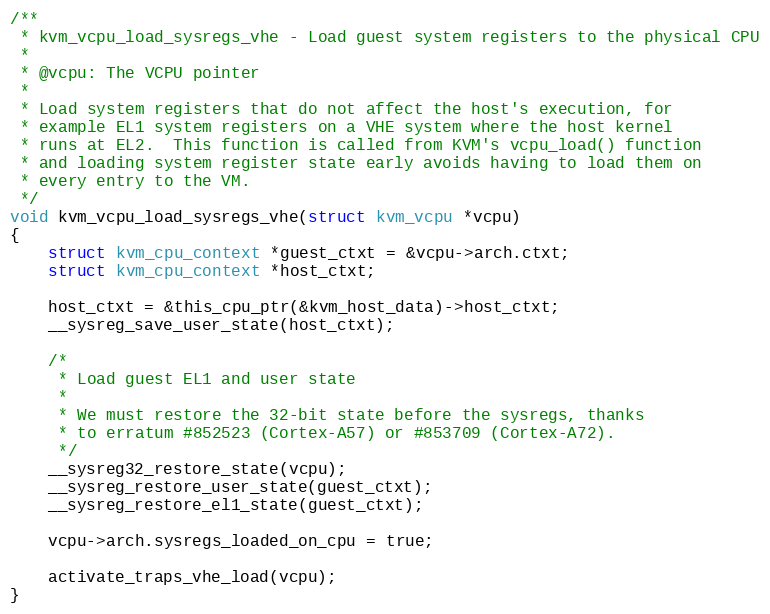
Language: C
/**
 * kvm_vcpu_load_sysregs_vhe - Load guest system registers to the physical CPU
 *
 * @vcpu: The VCPU pointer
 *
 * Load system registers that do not affect the host's execution, for
 * example EL1 system registers on a VHE system where the host kernel
 * runs at EL2.  This function is called from KVM's vcpu_load() function
 * and loading system register state early avoids having to load them on
 * every entry to the VM.
 */
void kvm_vcpu_load_sysregs_vhe(struct kvm_vcpu *vcpu)
{
	struct kvm_cpu_context *guest_ctxt = &vcpu->arch.ctxt;
	struct kvm_cpu_context *host_ctxt;

	host_ctxt = &this_cpu_ptr(&kvm_host_data)->host_ctxt;
	__sysreg_save_user_state(host_ctxt);

	/*
	 * Load guest EL1 and user state
	 *
	 * We must restore the 32-bit state before the sysregs, thanks
	 * to erratum #852523 (Cortex-A57) or #853709 (Cortex-A72).
	 */
	__sysreg32_restore_state(vcpu);
	__sysreg_restore_user_state(guest_ctxt);
	__sysreg_restore_el1_state(guest_ctxt);

	vcpu->arch.sysregs_loaded_on_cpu = true;

	activate_traps_vhe_load(vcpu);
}